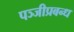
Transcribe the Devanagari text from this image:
पञ्जीप्रबन्ध